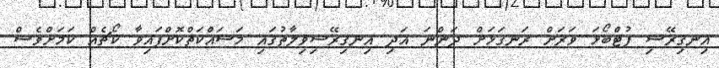
އިނގިރޭސި ފުޓްބޯޅަ ވަރަށް ރަނގަޅަށް ދަންނަ އަދި އިނގިރޭސިވިލާތުގައި މަސައްކަތްކޮށްފައިވާ ކޯޗެއް ކަމަށްވެސް